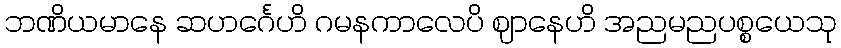
ဘဏိယမာနေ ဆဟင်္ဂေဟိ ဂမနကာလေပိ ဈာနေဟိ အညမညပစ္စယေသု